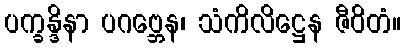
ပက္ခန္ဒိနာ ပဂဗ္ဘေန၊ သံကိလိဋ္ဌေန ဇီဝိတံ။